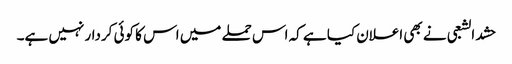
حشد الشعبی نے بھی اعلان کیا ہے کہ اس حملے میں اس کا کوئی کردار نہیں ہے۔